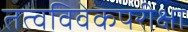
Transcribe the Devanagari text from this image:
तत्वविवेकपरीक्षा